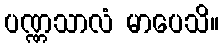
ပဏ္ဏသာလံ မာပေသိ။